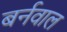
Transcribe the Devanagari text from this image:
बर्नवाल